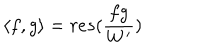
\langle f , g \rangle = r e s ( \frac { f g } { W ^ { \prime } } )